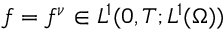
f = f ^ { \nu } \in L ^ { 1 } ( 0 , T ; L ^ { 1 } ( \Omega ) )